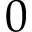
0